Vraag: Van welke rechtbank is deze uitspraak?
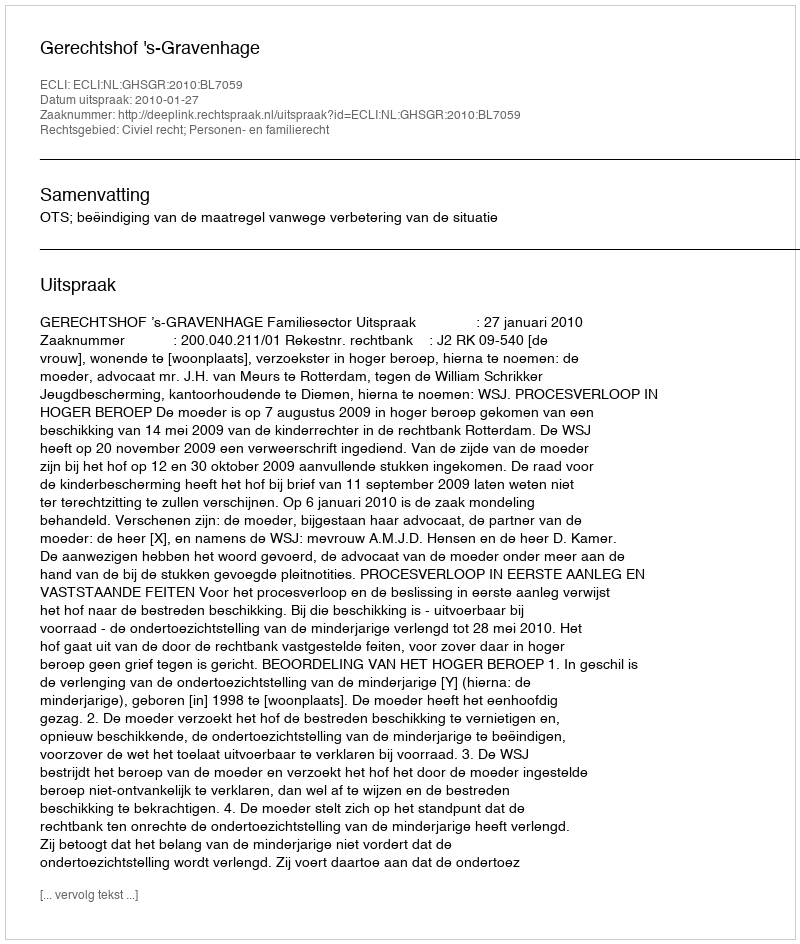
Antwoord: Gerechtshof 's-Gravenhage